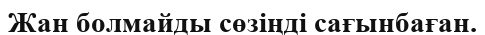
Жан болмайды сөзіңді сағынбаған.